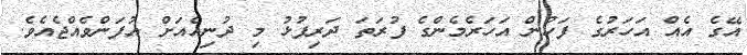
އޭގެ އެއް އަހަރުގެ ފަހުން އަހަރެމެންގެ ފުރަތަ ދަރިފުޅު މި ދުނިއެއަށް އުފަންވެއްޖެއެވެ.